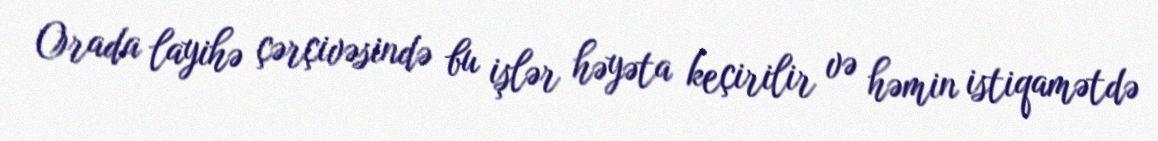
Orada layihə çərçivəsində bu işlər həyəta keçirilir və həmin istiqamətdə